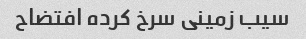
سیب زمینی سرخ کرده افتضاح